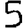
Digit: 5